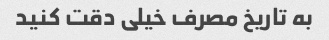
به تاریخ مصرف خیلی دقت کنید